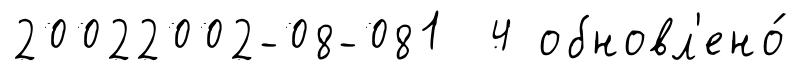
20022002-08-081 4 обновл'ено́